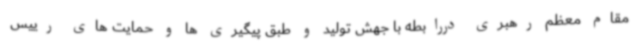
مقام معظم رهبری دررابطه با جهش تولید و طبق پیگیری ها و حمایت های رییس